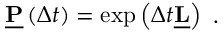
\begin{array} { r } { \underline { { \mathbf { P } } } \left( \Delta t \right) = \exp \left( \Delta t \underline { { \mathbf { L } } } \right) } \end{array} .